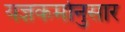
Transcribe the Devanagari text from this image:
यज्ञकर्मानुसार